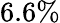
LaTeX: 6.6\%